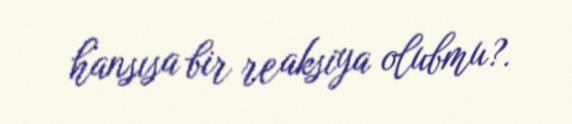
hansısa bir reaksiya olubmu?.